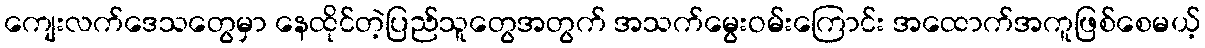
ကျေးလက်ဒေသတွေမှာ နေထိုင်တဲ့ပြည်သူတွေအတွက် အသက်မွေးဝမ်းကြောင်း အထောက်အကူဖြစ်စေမယ့်